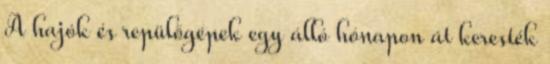
A hajók és repülőgépek egy álló hónapon át keresték